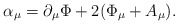
\begin{align*}\alpha _{\mu }=\partial _{\mu }\Phi +2(\Phi _{\mu }+A_{\mu }). \end{align*}